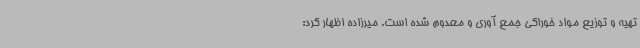
تهیه و توزیع مواد خوراکی جمع آوری و معدوم شده است. میرزاده اظهار کرد: